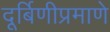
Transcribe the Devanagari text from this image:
दूर्बिणीप्रमाणे